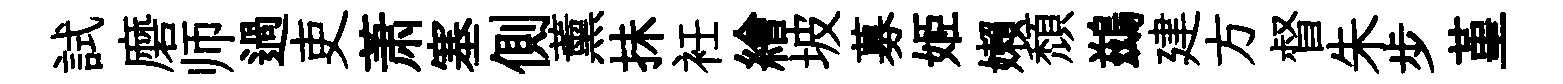
試磨师過吏萧塞側薰抺衽繪坡募姬嬾頹鷀建方督朱步堇